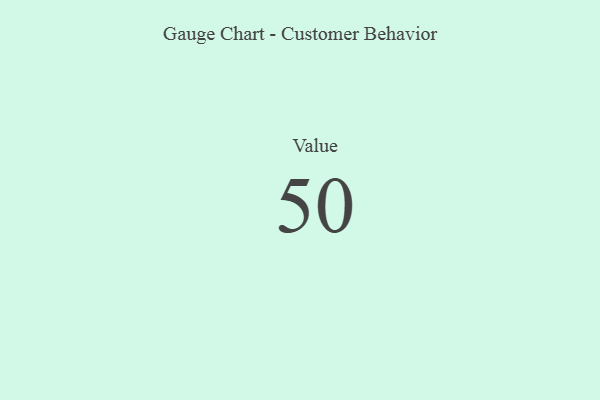
{"axis": {"x": "Metric", "y": "Value"}, "legend": [""], "data": [{"x": "Value", "y": 50, "type": ""}]}